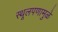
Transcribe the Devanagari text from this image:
स्थूलपणामुळे